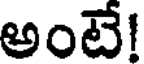
అంటే!